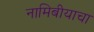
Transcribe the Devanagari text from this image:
नामिबीयाचा